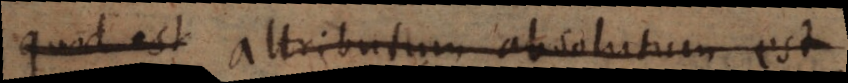
Quod est attributum absolutum est